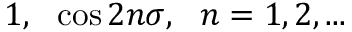
1 , ~ ~ \cos 2 n \sigma , ~ ~ n = 1 , 2 , . . .